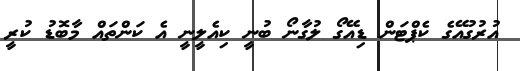
އުރުގުއޭގެ ކެޕްޓަން ޑިއޭގޯ ލުގާނޯ ބުނީ ކިއެލީނީ އެ ކަންތައް މާބޮޑު ކުރީ